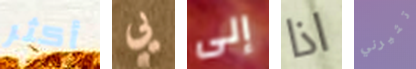
أكثر يي إلى اذا تثيرني